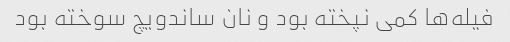
فیله‌ها کمی نپخته بود و نان ساندویچ سوخته بود